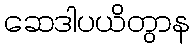
ဆေဒါပယိတွာန